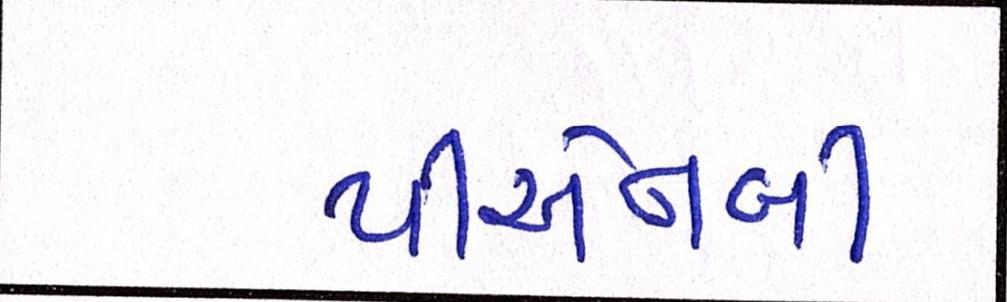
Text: પીએનબી